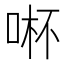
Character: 𱒽